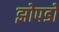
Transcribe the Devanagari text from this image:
झोपडों